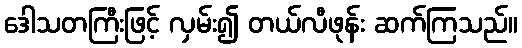
ဒေါသတကြီးဖြင့် လှမ်း၍ တယ်လီဖုန်း ဆက်ကြသည်။